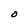
Character: O